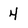
Character: 4